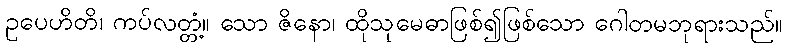
ဥပေဟိတိ၊ ကပ်လတ္တံ့။ သော ဇိနော၊ ထိုသုမေဓာဖြစ်၍ဖြစ်သော ဂေါတမဘုရားသည်။